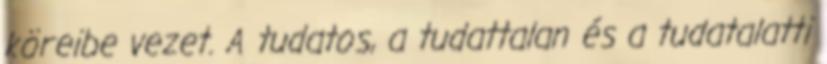
köreibe vezet. A tudatos, a tudattalan és a tudatalatti